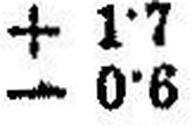
– 0·6